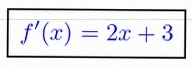
f'(x)=2x+3